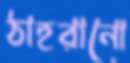
ঠাহরানো